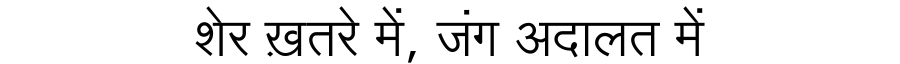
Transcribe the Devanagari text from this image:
शेर ख़तरे में, जंग अदालत में